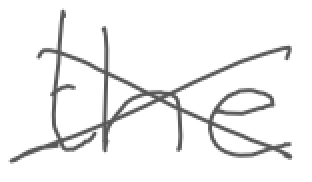
Text: the
Cross-out: cross
Writing tool: digital_gray